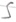
Text: S